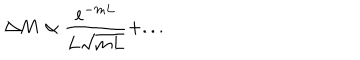
LaTeX: \Delta M \propto \frac { e ^ { - m L } } { L \sqrt { m L } } + . . .